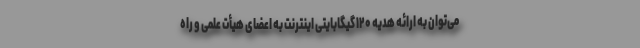
می‌توان به ارائه هدیه ۱۲۰ گیگابایتی اینترنت به اعضای هیأت علمی و راه